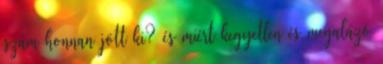
szám honnan jött ki? és miért kegyetlen és megalázó